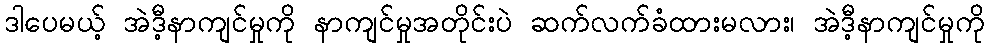
ဒါပေမယ့် အဲဒီ့နာကျင်မှုကို နာကျင်မှုအတိုင်းပဲ ဆက်လက်ခံထားမလား၊ အဲဒီ့နာကျင်မှုကို